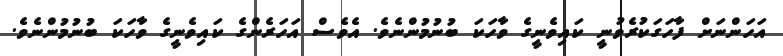
އަހަންނަށް ފާހަގަކުރެވުނީ ކައިވެނީގެ ވާހަކަ ބުނުމުންނެވެ. އެވެސް އަހަރެންގެ ކައިވެނީގެ ވާހަކަ ބުނުމުންނެވެ.